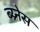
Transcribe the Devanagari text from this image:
ब्य्र्नेस